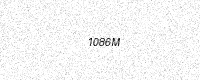
Text: 1086M